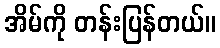
အိမ်ကို တန်းပြန်တယ်။